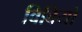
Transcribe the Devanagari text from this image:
विवियो